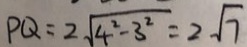
P Q = 2 \sqrt { 4 ^ { 2 } - 3 ^ { 2 } } = 2 \sqrt { 7 }